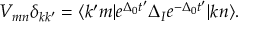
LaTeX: V _ { m n } \delta _ { k k ^ { \prime } } = \langle k ^ { \prime } m | e ^ { \Delta _ { 0 } t ^ { \prime } } \Delta _ { I } e ^ { - \Delta _ { 0 } t ^ { \prime } } | k n \rangle .